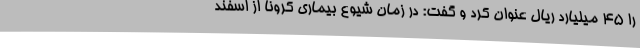
را 45 میلیارد ریال عنوان کرد و گفت: در زمان شیوع بیماری کرونا از اسفند